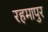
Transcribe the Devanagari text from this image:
रहमापुर